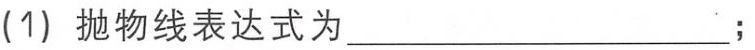
(1) 抛物线表达式为____________________;